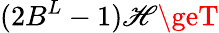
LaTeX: (2B^{L}-1)\mathscr{H}\geT